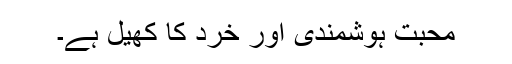
محبت ہوشمندی اور خرد کا کھیل ہے۔